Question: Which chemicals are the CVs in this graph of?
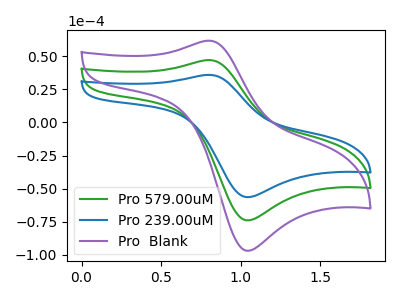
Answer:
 <answer>The green curve is labeled "Pro 579.00uM". The blue curve is labeled "Pro 239.00uM". The purple curve is labeled "Pro  Blank".</answer>
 <eval></eval>